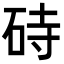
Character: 𪿚